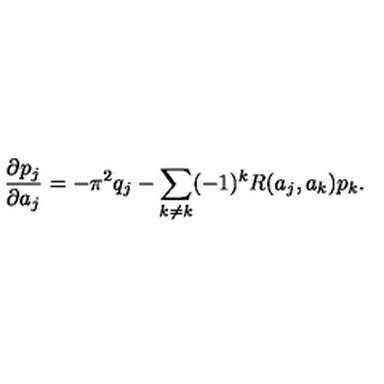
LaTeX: { \frac { \partial p _ { j } } { \partial a _ { j } } } = - \pi ^ { 2 } q _ { j } - \sum _ { k \neq k } ( - 1 ) ^ { k } R ( a _ { j } , a _ { k } ) p _ { k } .